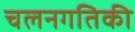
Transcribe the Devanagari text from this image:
चलनगतिकी